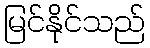
မြင်နိုင်သည်